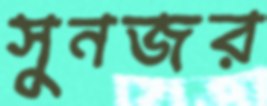
সুনজর